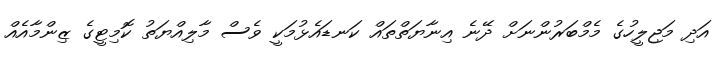
އަދި މަޖިލީހުގެ މެމްބަރުންނަށް ދޭނެ އިނާޔަތްތައް ކަނޑައެޅުމަކީ ވެސް މާލިއްޔަތު ކޮމިޓީގެ ޒިންމާއެއް